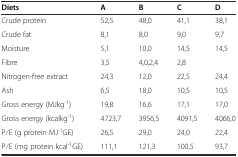
| Diets | A | B | C | D |
 | --- | --- | --- | --- | --- |
 | Crude protein | 52,5 | 48,0 | 41,1 | 38,1 |
 | Crude fat | 8,1 | 8,0 | 9,0 | 9,7 |
 | Moisture | 5,1 | 10,0 | 14,5 | 14,5 |
 | Fibre | 3,5 | 4,0,2,4 | 2,8 |  |
 | Nitrogen-free extract | 24,3 | 12,0 | 22,5 | 24,4 |
 | Ash | 6,5 | 18,0 | 10,5 | 10,5 |
 | Gross energy (MJkg-1) | 19,8 | 16,6 | 17,1 | 17,0 |
 | Gross energy (kcalkg-1) | 4723,7 | 3956,5 | 4091,5 | 4066,0 |
 | P⁄E (g protein MJ-1GE) | 26,5 | 29,0 | 24,0 | 22,4 |
 | P⁄E (mg protein kcal-1GE) | 111,1 | 121,3 | 100,5 | 93,7 |